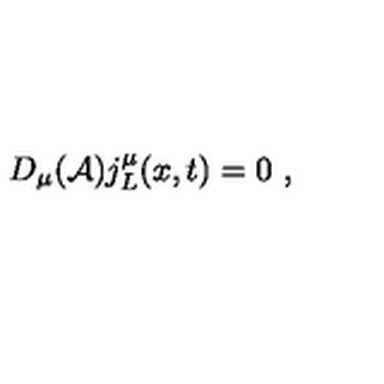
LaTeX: D _ { \mu } ( { \cal A } ) j _ { L } ^ { \mu } ( x , t ) = 0 \ ,